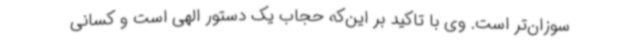
سوزان‌تر است. وی با تاکید بر این‌که حجاب یک دستور الهی است و کسانی